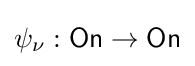
\psi _{\nu }:{\mathsf {On}}\rightarrow {\mathsf {On}}